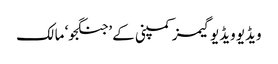
ویڈیو ویڈیو گیمز کمپنی کے ’جنگجو‘ مالک